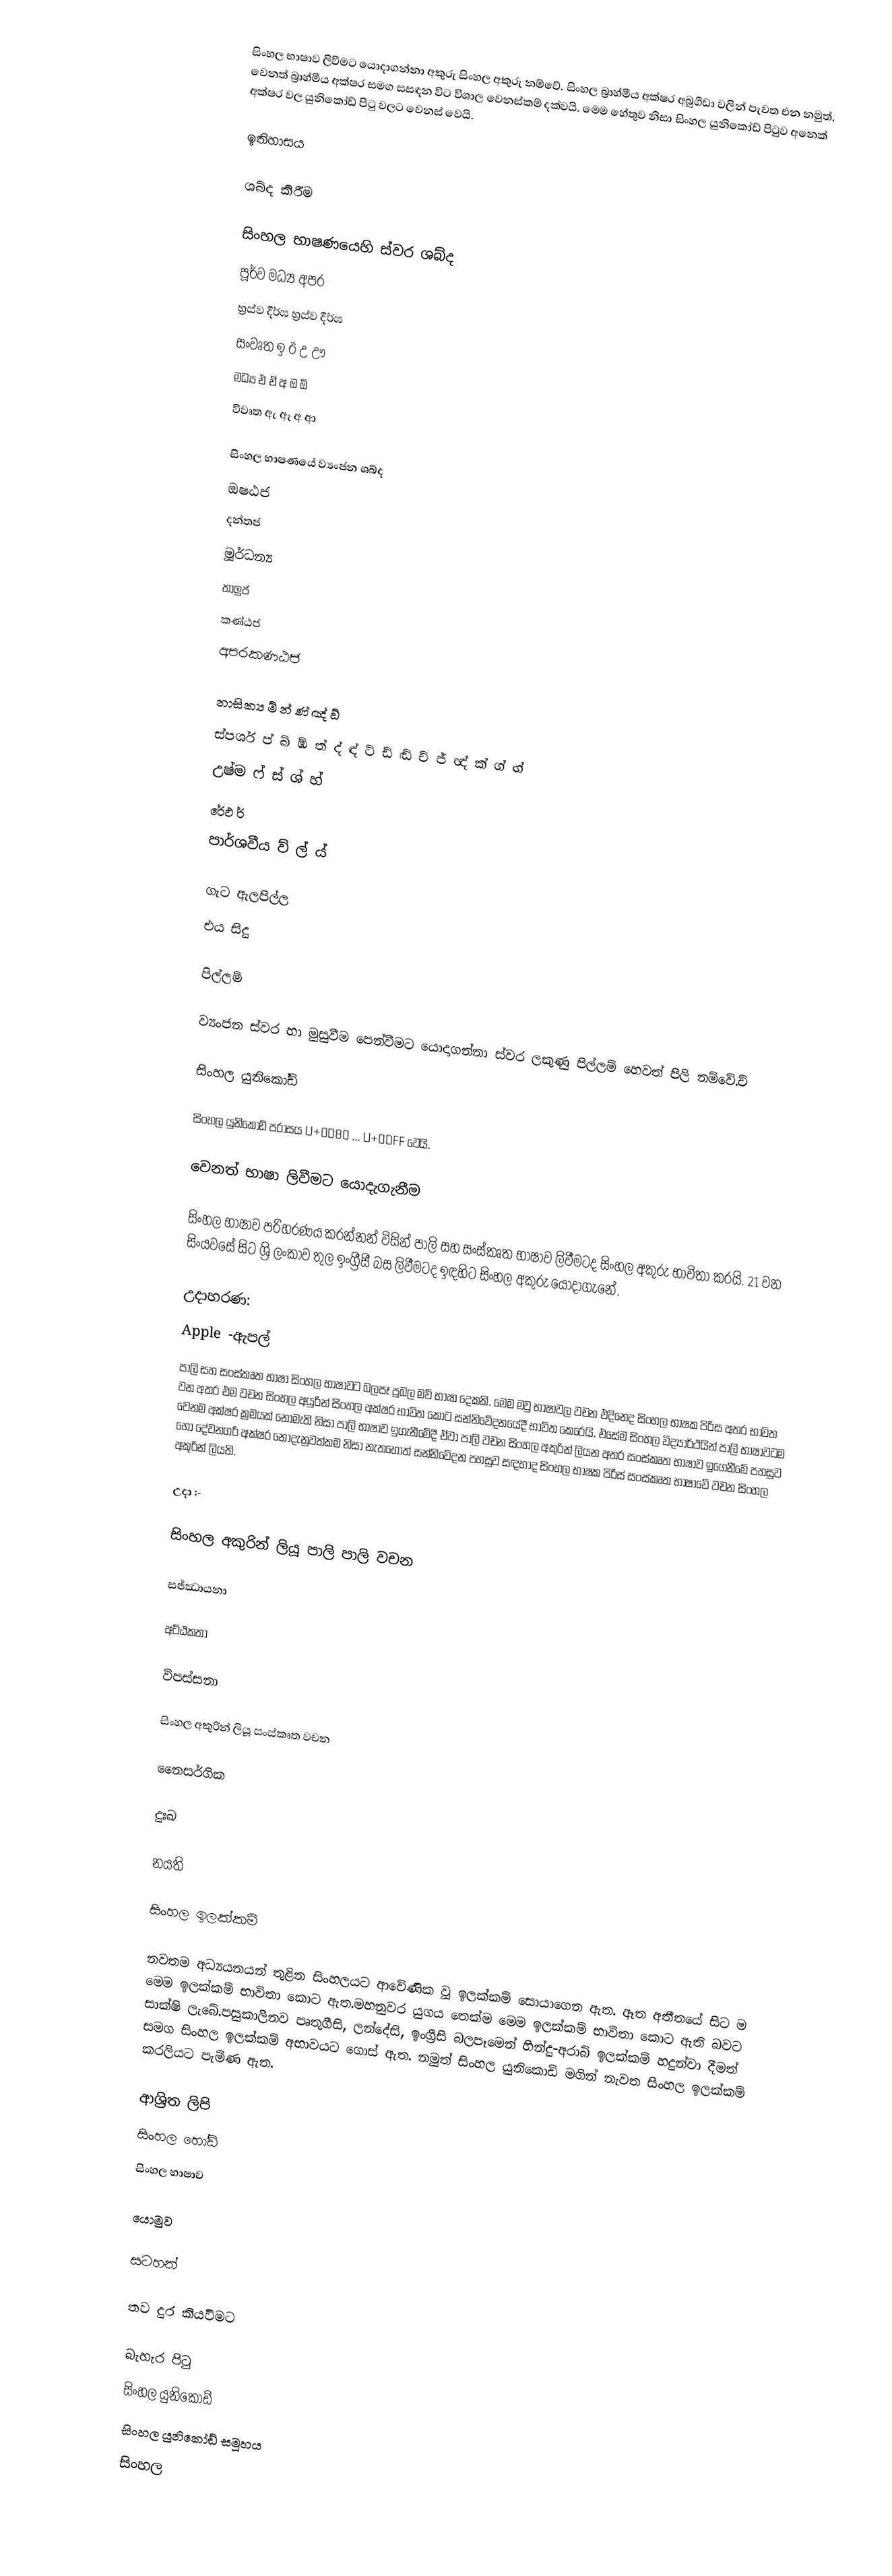
සිංහල භාෂාව ලිවීමට යොදාගන්නා අකුරු සිංහල අකුරු නම්වේ. සිංහල බ්‍රාහ්මීය අක්ෂර අබුගිඩා වලින් පැවත එන නමුත්, වෙනත් බ්‍රාහ්මීය අක්ෂර සමග සසඳන විට විශාල වෙනස්කම් දක්වයි.  මෙම හේතුව නිසා සිංහල යුනිකෝඩ් පිටුව අනෙක් අක්ෂර  වල යුනිකෝඩ් පිටු වලට වෙනස් වෙයි.

ඉතිහාසය

ශබ්ද කිරීම

සිංහල භාෂණයෙහි ස්වර ශබ්ද
          පූර්ව   මධ්‍ය    අපර
       හ්‍රස්ව දීර්ඝ       හ්‍රස්ව දීර්ඝ
 සංවෘත ඉ ඊ උ ඌ
 මධ්‍ය එ ඒ අ ඔ ඕ
 විවෘත ඇ ඈ අ ආ

සිංහල භාෂණයේ ව්‍යංජන ශබ්ද
 ඔෂඨජ
 දන්තජ
 මූර්ධන්‍ය
 තාලුජ
 කණ්ඨජ
 අපරකණඨජ

 නාසික්‍ය ම් න් ණ් ඤ් ඞ්
 ස්පර්ශ ප් බ් ඹ් ත් ද් ඳ් ට් ඩ් ඬ් ච් ජ් ඥ් ක් ග් ඟ්
 උෂ්ම ෆ් ස් ශ් හ්
 රේඵ ර්
 පාර්ශවීය ව් ල් ය්

ගැට ඇලපිල්ල
එය සිදු

පිල්ලම්

ව්‍යංජන ස්වර හා මුසුවීම පෙන්වීමට යොදාගන්නා ස්වර ලකුණු පිල්ලම් හෙවත් පිලි නම්වේ.ච්

සිංහල යුනිකෝඩ්

සිංහල යුනිකෝඩ් පරාසය U+0D80 ... U+0DFF වෙයි.

වෙනත් භාෂා ලිවීමට යොදැගැනීම

 සිංහල භාෂාව පරිහරණය කරන්නන් විසින් පාලි සහ සංස්කෘත භාෂාව ලිවීමටද සිංහල අකුරු භාවිතා කරයි. 21 වන සිංයවසේ සිට ශ්‍රි ලංකාව තුල ඉංග්‍රීසී බස ලිවීමටද ඉඳහිට   සිංහල අකුරු  යොදාගැනේ.

උදාහරණ:
 Apple -ඇපල්
පාලි සහ සංස්කෘත භාෂා සිංහල භාෂාවට බලපෑ ප්‍රබල මව් භාෂා දෙකකි. මෙම මවු භාෂාවල වචන එදිනෙද සිංහල භාෂක පිරිස අතර භාවිත වන අතර එම වචන සිංහල අයුරින් සිංහල අක්ෂර භාවිත කොට සන්නිවේදනයේදී භාවිත කෙරෙයි. එසේම සිංහල විද්‍යාර්ථයින් පාලි භාෂාවටම වෙනම අක්ෂර ක්‍රමයක් නොමැති නිසා පාලි භාෂාව ඉගැනීමේදී ඒවා පාලි වචන සිංහල අකුරින් ලියන අතර සංස්කෘත භාෂාව ඉගෙනීමේ පහසුව හෝ දේවනගරි අක්ෂර නොදැනුවත්කම නිසා නැතහොත් සන්නිවේදන පහසුව සඳහාද සිංහල භාෂක පිරිස් සංස්කෘත භාෂාවේ වචන සිංහල අකුරින් ලියති.

උදා :-

සිංහල අකුරින් ලියූ පාලි පාලි වචන

සජ්ඣායනා

අට්ඨකතා

විපස්සනා

සිංහල අකුරින් ලියූ සංස්කෘත වචන

නෛසර්ගික

දුඃඛ

නයති

සිංහල ඉලක්කම්

නවතම අධ්‍යයනයන් තුළින සිංහලයට ආවේණික වූ ඉලක්කම් සොයාගෙන ඇත. ඈත අතීතයේ සිට ම මෙම ඉලක්කම් භාවිතා කොට ඇත.මහනුවර යුගය තෙක්ම මෙම ඉලක්කම් භාවිතා කොට ඇති බවට සාක්ෂි ලැබේ.පසුකාලීනව පෘතුගීසි, ලන්දේසි, ඉංග්‍රීසි බලපෑමෙන් හින්දු-අරාබි ඉලක්කම් හදුන්වා දීමත් සමග සිංහල ඉලක්කම් අභාවයට ගොස් ඇත. නමුත් සිංහල යුනිකොඩ් මගින් නැවත සිංහල ඉලක්කම් කරලියට පැමිණ ඇත.

ආශ්‍රිත ලිපි
 සිංහල හෝඩි
 සිංහල භාෂාව

යොමුව

සටහන්

තව දුර කියවීමට

බැහැර පිටු
සිංහල යුනිකෝඩ්
සිංහල යුනිකෝඩ් සමූහය
සිංහල